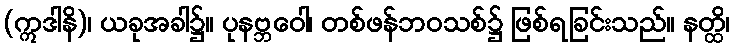
(ဣဒါနိ)၊ ယခုအခါ၌။ ပုနဗ္ဘဝေါ၊ တစ်ဖန်ဘဝသစ်၌ ဖြစ်ရခြင်းသည်။ နတ္ထိ၊